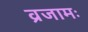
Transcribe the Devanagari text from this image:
व्रजामः